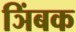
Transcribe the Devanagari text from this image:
ञिंबक